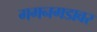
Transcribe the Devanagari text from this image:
गगनगडावर